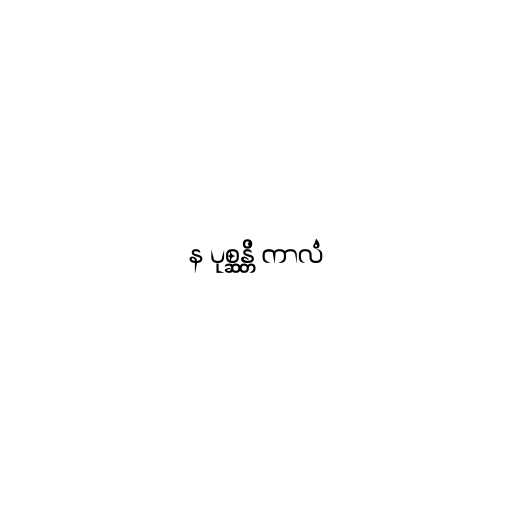
န ပုစ္ဆန္တိ ကာလံ